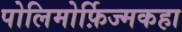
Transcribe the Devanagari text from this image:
पोलिमोर्फ़िज्मकहा